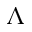
\ensuremath { \Lambda }